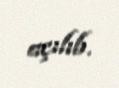
açılıb.